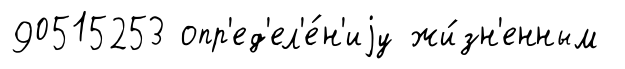
90515253 опр'ед'ел'е́н'иjу жи́зн'енным